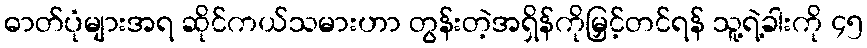
ဓာတ်ပုံများအရ ဆိုင်ကယ်သမားဟာ တွန်းတဲ့အရှိန်ကိုမြှင့်တင်ရန် သူ့ရဲ့ခါးကို ၄၅